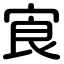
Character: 㝗